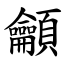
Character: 龥